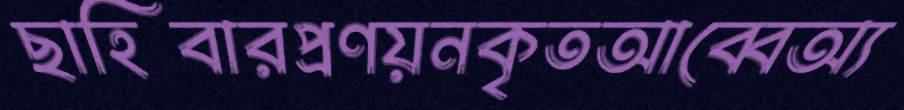
ছাহিবারপ্রণয়নকৃতআব্বেঅ্য